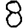
Digit: 8